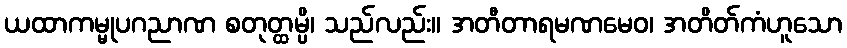
ယထာကမ္မုပဂညာဏ စတုတ္ထမ္ပိ၊ သည်လည်း။ အတီတာရမဏမေဝ၊ အတိတ်ကံဟူသော